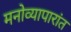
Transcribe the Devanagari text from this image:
मनोव्यापारांत